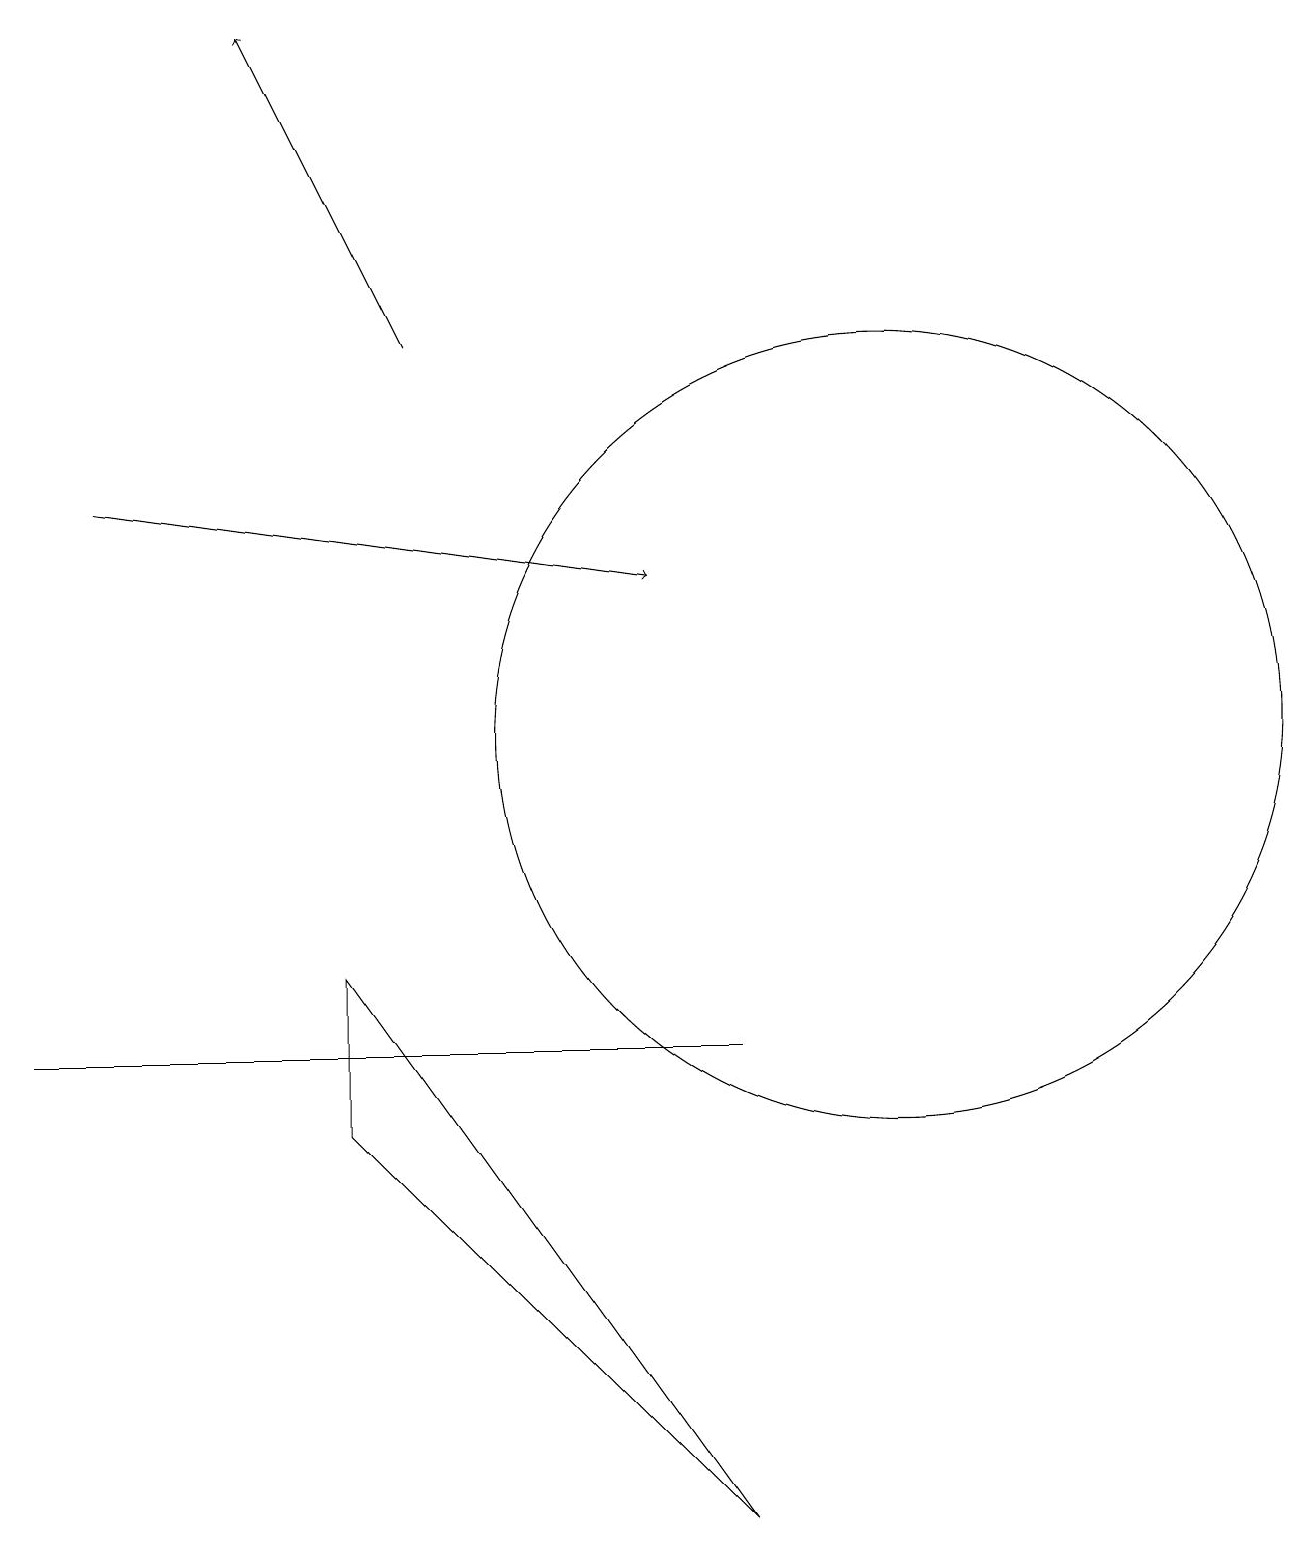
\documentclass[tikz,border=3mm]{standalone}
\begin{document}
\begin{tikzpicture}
\draw (0,6) -- (8,6) -- (9,6) -- cycle;
\draw[->] (1,13) -- (8,12);
\draw[->] (5,15) -- (3,19);
\draw (4,5) -- (9,0) -- (4,7) -- cycle;
\draw (11,10) circle (5);
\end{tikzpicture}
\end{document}